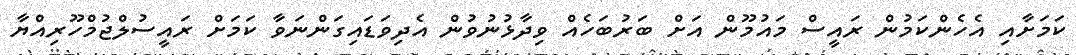
ކަމަށާއި އެހެންކަމުން ރައީސް މައުމޫން އަށް ބަރުބަހެއް ވިދާޅުނުވުން އެދިވަޑައިގަންނަވާ ކަމަށް ރައީސުލްޖުމްހޫރިއްޔާ